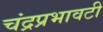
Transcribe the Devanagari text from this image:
चंद्रप्रभावटी